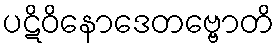
ပဋိဝိနောဒေတဗ္ဗောတိ